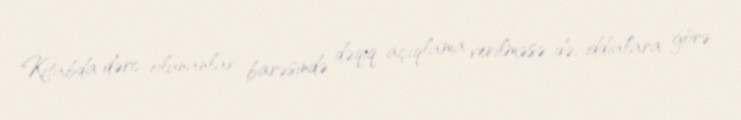
Kitabda dərc olunanlar barəsində dəqiq açıqlama verilməsə də, iddialara görə